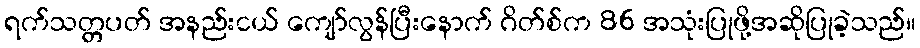
ရက်သတ္တပတ် အနည်းငယ် ကျော်လွန်ပြီးနောက် ဂိတ်စ်က 86 အသုံးပြုဖို့အဆိုပြုခဲ့သည်။